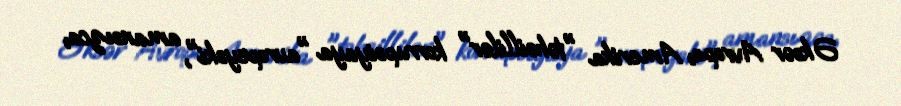
Əksər Avropa, Amerika "təhsillilər" korrupsiyaya "avropeyski", amansızca,